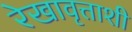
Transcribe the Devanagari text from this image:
रेखावृत्ताशी